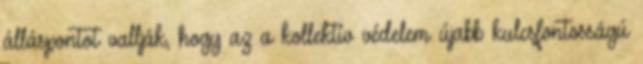
álláspontot vallják, hogy az a kollektív védelem újabb kulcsfontosságú